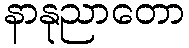
နာနုညာတော